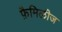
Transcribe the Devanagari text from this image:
फ़ैमिलीज